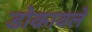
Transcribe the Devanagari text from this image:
डोकावले